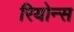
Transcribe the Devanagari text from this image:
रियोन्स